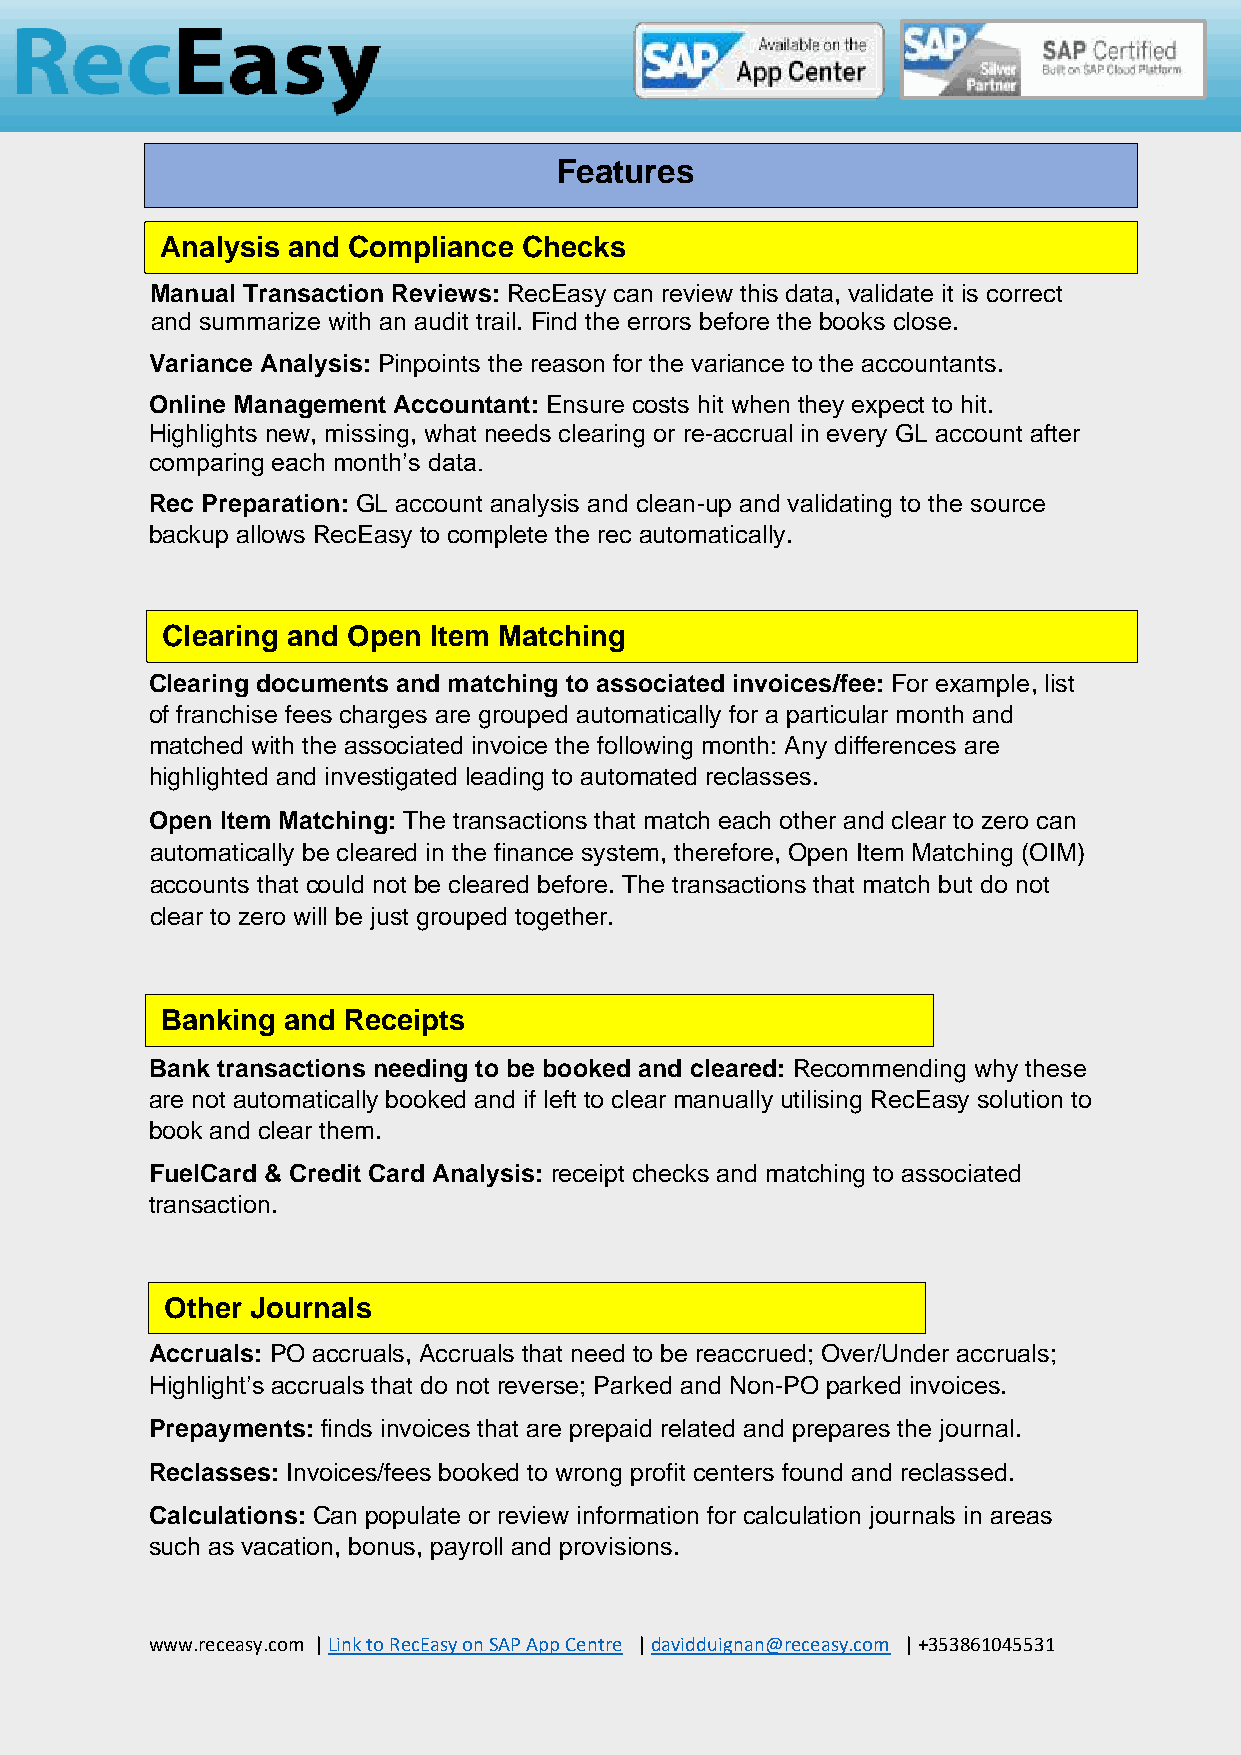
Feat ures
 Analysis and Compliance Checks
 Manual Transaction Reviews: RecEasy can review this data, validate it is correct
 and summarize with an audit trail. Find the errors before the books close.
 Variance Analysis: Pinpoints the reason for the variance to the accountants.
 Online Management Accountant: Ensure costs hit when they expect to hit.
 Highlights new, missing, what needs clearing or re-accrual in every GL account after
 comparing each month’s data.
 Rec Preparation: GL account analysis and clean-up and validating to the source
 backup allows RecEasy to complete the rec automatically.
 Clearing and Open Item Matching
 Clearing documents and matching to associated invoices/fee: For example, list
 of franchise fees charges are grouped automatically for a particular month and
 matched with the associated invoice the following month: Any differences are
 highlighted and investigated leading to automated reclasses.
 Open Item Matching: The transactions that match each other and clear to zero can
 automatically be cleared in the finance system, therefore, Open Item Matching (OIM)
 accounts that could not be cleared before. The transactions that match but do not
 clear to zero will be just grouped together.
 Banking and Receipts
 Bank transactions needing to be booked and cleared: Recommending why these
 are not automatically booked and if left to clear manually utilising RecEasy solution to
 book and clear them.
 FuelCard & Credit Card Analysis: receipt checks and matching to associated
 transaction.
 Other Journals
 Accruals: PO accruals, Accruals that need to be reaccrued; Over/Under accruals;
 Highlight’s accruals that do not reverse; Parked and Non-PO parked invoices.
 Prepayments: finds invoices that are prepaid related and prepares the journal.
 Reclasses: Invoices/fees booked to wrong profit centers found and reclassed.
 Calculations: Can populate or review information for calculation journals in areas
 such as vacation, bonus, payroll and provisions.
 www.receasy.com | Link to RecEasy on SAP App Centre | davidduignan@receasy.com | +353861045531